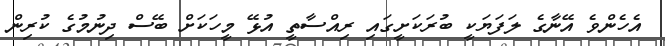
އެހެންވެ އޭނާގެ ލަފަޔަކީ ބުރަކަށީގައި ރިއްސާތީ އުޅޭ މީހަކަށް ބޭސް ދިނުމުގެ ކުރިން